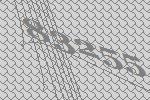
83255